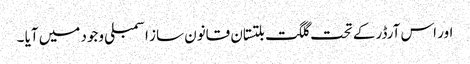
اور اس آرڈر کے تحت گلگت بلتستان قانون ساز اسمبلی وجود میں آیا ۔